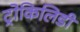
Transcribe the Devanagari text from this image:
ट्रोकिलिडी